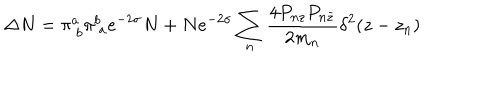
LaTeX: \Delta N = \pi _ { \ b } ^ { a } \pi _ { \ a } ^ { b } e ^ { - 2 \sigma } N + N e ^ { - 2 \sigma } \sum _ { n } \frac { 4 P _ { n z } P _ { n \bar { z } } } { 2 m _ { n } } \delta ^ { 2 } ( z - z _ { n } )